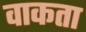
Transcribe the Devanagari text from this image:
वाकता